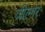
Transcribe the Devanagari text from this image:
जील्‍गर